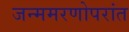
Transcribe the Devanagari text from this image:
जन्ममरणोपरांत